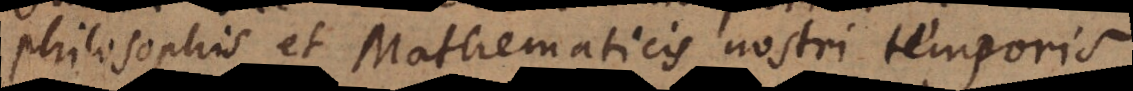
Philosophis et Mathematicis nostri temporis